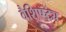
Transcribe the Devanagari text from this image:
वैशिष्ष्ट्य